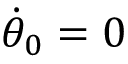
\dot { \theta } _ { 0 } = 0